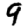
Digit: 9